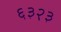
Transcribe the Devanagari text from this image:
६३२३